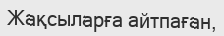
Жақсыларға айтпаған,